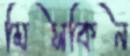
মিসকিন